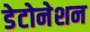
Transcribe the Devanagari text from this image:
डेटोनेशन